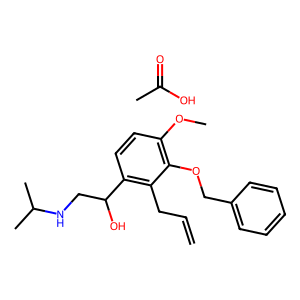
SMILES: C=CCc1c(C(O)CNC(C)C)ccc(OC)c1OCc1ccccc1.CC(=O)O
Inhibits HIV replication: No